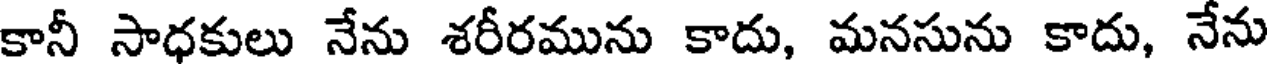
కానీ సాధకులు నేను శరీరమును కాదు, మనసును కాదు, నేను